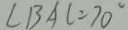
\angle B A C = 7 0 ^ { \circ }